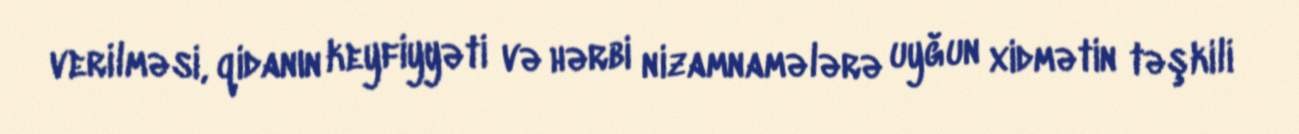
verilməsi, qidanın keyfiyyəti və hərbi nizamnamələrə uyğun xidmətin təşkili